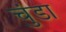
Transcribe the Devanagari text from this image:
चुंडा